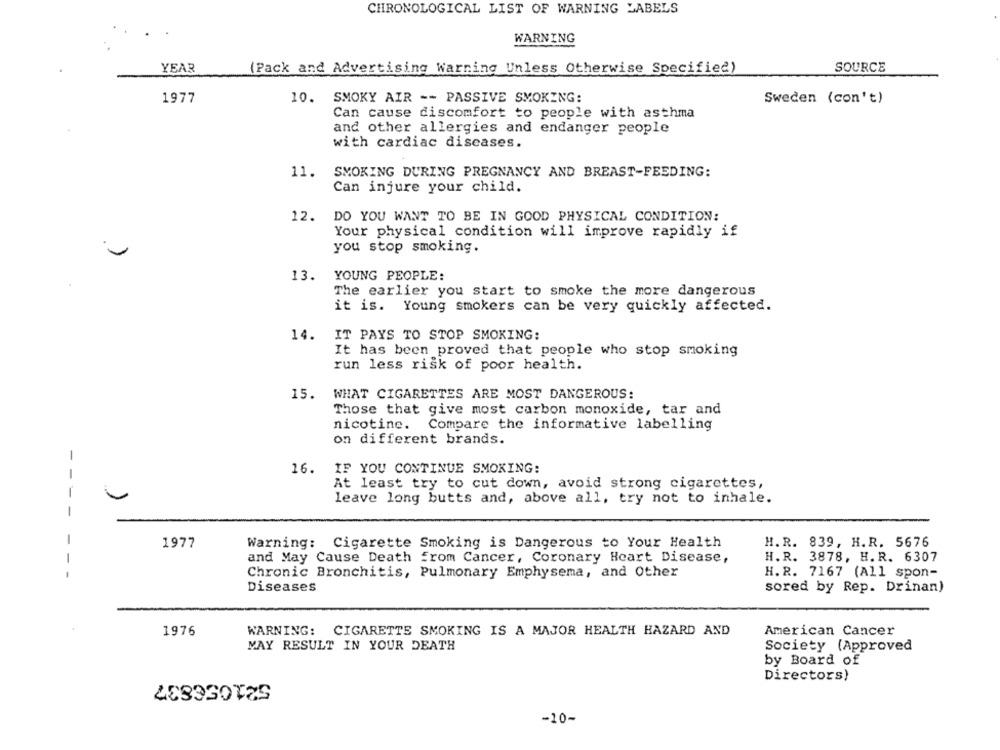
CHRONOLOGICAL LIST OF WARNING LABELS
WARNING
YEAR
(Pack and Advertising Warning Unless Otherwise Specified)
SOURCE
1977
10. SMOKY AIR -- PASSIVE SMOKING:
Sweden (con't)
Can cause discomfort to people with asthma
and other allergies and endanger people
with cardiac diseases.
11.
SMOKING DURING PREGNANCY AND BREAST-FEEDING:
Can injure your child.
12.
DO YOU WANT TO BE IN GOOD PHYSICAL CONDITION:
Your physical condition will improve rapidly if
you stop smoking.
13. YOUNG PEOPLE:
The earlier you start to smoke the more dangerous
it is. Young smokers can be very quickly affected.
14. IT PAYS TO STOP SMOKING:
It has been proved that people who stop smoking
run less risk of poor health.
15.
WHAT CIGARETTES ARE MOST DANGEROUS:
Those that give most carbon monoxide, tar and
nicotine.
Compare the informative labelling
on different brands.
16.
IF YOU CONTINUE SMOKING:
- -
At least try to cut down, avoid strong cigarettes,
leave long butts and, above all, try not to inhale.
-
-
1977
Warning: Cigarette Smoking is Dangerous to Your Health
H. R. 839, H.R. 5676
-
and May Cause Death from Cancer, Coronary Heart Disease,
H.R. 3878, H. R. 6307
Chronic Bronchitis, Pulmonary Emphysema, and Other
H.R. 7167 (All spon-
Diseases
sored by Rep. Drinan)
.
American Cancer
1976
WARNING: CIGARETTE SMOKING IS A MAJOR HEALTH HAZARD AND
MAY RESULT IN YOUR DEATH
Society (Approved
by Board of
521056837
Directors)
-10-